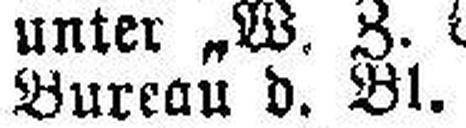
Bureau d. Bl.